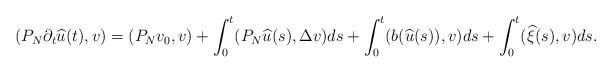
LaTeX: \begin{align*}(P_N\partial_t \widehat{u}(t),v)=(P_Nv_0,v)+\int_0^t (P_N\widehat{u}(s), \Delta v)ds +\int_0^t (b(\widehat{u}(s)),v)ds+\int_0^t (\widehat{\xi}(s), v)ds.\end{align*}